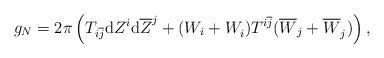
LaTeX: \begin{align*} g_N=2\pi \left(T_{i\overline{j}}\mathrm{d}Z^i\mathrm{d}\overline{Z}^j +(W_i+W_i^{})T^{i\overline{j}}(\overline{W}_j+\overline{W}_j^{})\right),\end{align*}